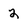
Character: 2